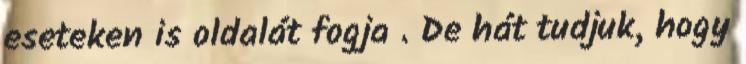
eseteken is oldalát fogja . De hát tudjuk, hogy